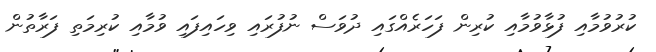
ކުރުވުމާއި ފުޅާވުމާއި ކުރިން ފަހަރެއްގައި ދުވަސް ނުފުރައި ވިހައިފައި ވުމާއި ކުރިމަތި ފަރާތުން